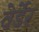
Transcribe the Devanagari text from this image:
वेर्डेर